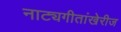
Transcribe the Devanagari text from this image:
नाट्यगीतांखेरीज